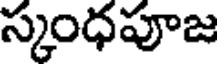
స్కంధపూజ